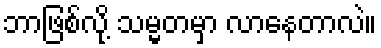
ဘာဖြစ်လို့ သမ္မတမှာ လာနေတာလဲ။